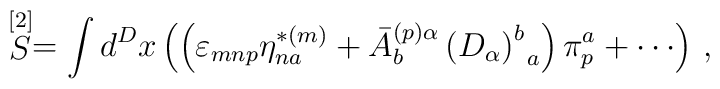
\stackrel{\lbrack 2]}{S}=\int d^{D}x\left( \left( \varepsilon _{mnp}\eta_{na}^{*(m)}+\bar{A}_{b}^{(p)\alpha }\left( D_{\alpha }\right)_{\;\;a}^{b}\right) \pi _{p}^{a}+\cdots \right) \,,